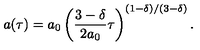
a ( \tau ) = a _ { 0 } \left( \frac { 3 - \delta } { 2 a _ { 0 } } \tau \right) ^ { ( 1 - \delta ) / ( 3 - \delta ) } .